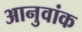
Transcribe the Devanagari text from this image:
आनुवांक